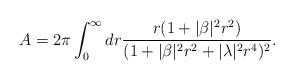
LaTeX: \begin{align*}A = 2\pi \int^{\infty}_{0} dr \frac{r (1+|\beta|^2 r^2 )}{(1+|\beta|^2 r^2 + |\lambda|^2 r^4 )^2}.\end{align*}